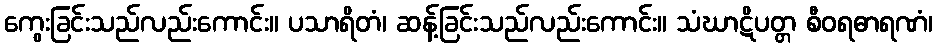
ကွေးခြင်းသည်လည်းကောင်း။ ပသာရိတံ၊ ဆန့်ခြင်းသည်လည်းကောင်း။ သံဃာဋိပတ္တ စီဝရဓာရဏံ၊